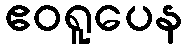
ဧဝရူပေန